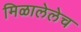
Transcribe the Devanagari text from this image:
मिळालेलेच